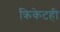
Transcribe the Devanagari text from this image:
क्रिकेटही